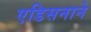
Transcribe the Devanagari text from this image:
एडिसनाने